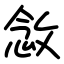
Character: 敜